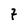
Character: 7